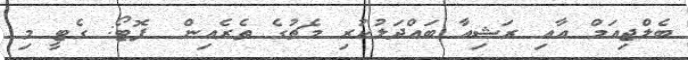
ބެލްޖިއަމް އާއި ރަޝިއާ ބައްދަލުކުރި މެޗުގެ ތެރެއިން  ފޮޓޯ: ގެޓީ މި